Leaving Certificate, 1901
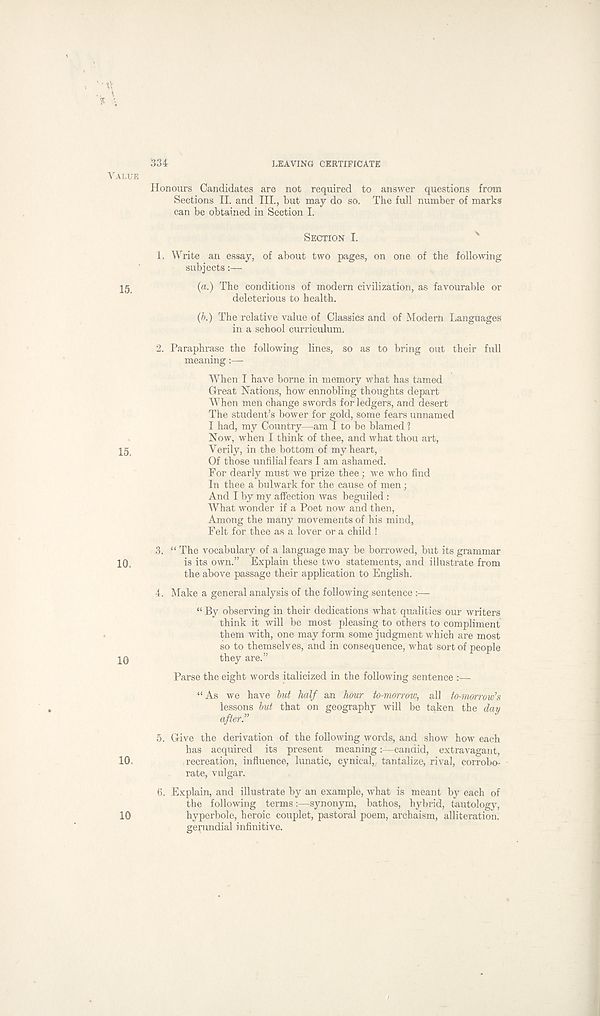
334
LEAVING CERTIFICATE
\
VALUE
Honours Candidates are not required to answer questions from
Sections II. and III., but may do so. The full number of marks
can be obtained in Section I.
SECTION I.
1. Write an essay, of about two pages, on one of the following
subjects
15
(a.) The conditions of modern civilization, as favourable or
deleterious to health.
(b.) The relative value of Classics and of Modern Languages
in a school curriculum.
2. Paraphrase the following lines, so as to bring out their full
meaning:—
When I have borne in memory what has tamed
Great Nations, how ennobling thoughts depart
When men change swords for ledgers, and desert
The student’s bower for gold, some fears unnamed
I had, my Country—am I to be blamed ?
Now, when I think of thee, and what thou art,
15_
Verily, in the bottom of my heart,
Of those unfilial fears I am ashamed.
For dearly must we prize thee; we who find
In thee a bulwark for the cause of men;
And I by my affection was beguiled :
What wonder if a Poet now and then,
Among the many movements of his mind,
Felt for thee as a lover or a child !
3. “ The vocabulary of a language may be borrowed, but its grammar
10,
is its own.” Explain these two statements, and illustrate from
the above passage their application to English.
4. Make a general analysis of the following sentence :—
“ By observing in their dedications what qualities our writers
think it will be most pleasing to others to compliment
them with, one may form some judgment which are most
so to themselves, and in consequence, what sort of people
10
they are.”
Parse the eight words italicized in the following sentence :—
“As we have but half an hour to-morrow, all to-rrwrrow’s
lessons but that on geography will be ta,ken the day
after.”
5. Give the derivation of the following words, and show how each
has acquired its present meaning:—candid, extravagant,
10.
recreation, influence, lunatic, cynical, tantalize, rival, corrobo-
rate, vulgar.
6. Explain, and illustrate by an example, what is meant by each of
the following terms:—synonym, bathos, hybrid, tautology,
10
hyperbole, heroic couplet, pastoral poem, archaism, alliteration,
gerundial infinitive.